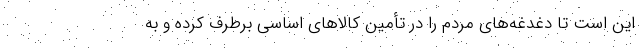
این است تا دغدغه‌های مردم را در تأمین کالاهای اساسی برطرف کرده و به